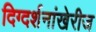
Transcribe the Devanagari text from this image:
दिग्दर्शनांखेरीज